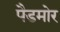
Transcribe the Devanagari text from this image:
पैडमोर